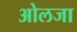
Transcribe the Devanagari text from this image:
ओलजा